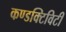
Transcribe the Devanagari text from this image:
कण्डक्टिविटी